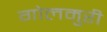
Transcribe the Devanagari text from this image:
गोलमुरी